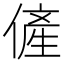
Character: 𱏊